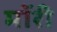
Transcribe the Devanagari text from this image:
मॉरी